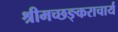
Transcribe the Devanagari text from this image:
श्रीमच्छङ्कराचार्य